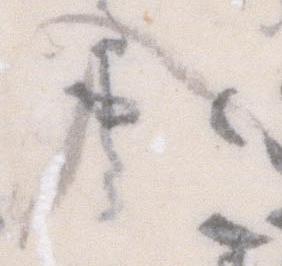
入